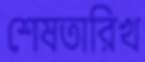
শেষতারিখ